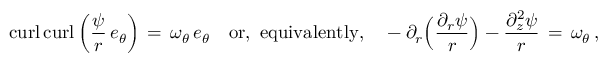
\mathop { \mathrm { c u r l } } \mathop { \mathrm { c u r l } } \left( \frac { \psi } { r } \, e _ { \theta } \right) \, = \, \omega _ { \theta } \, e _ { \theta } \quad \mathrm { o r , ~ e q u i v a l e n t l y , } \quad - \partial _ { r } \Bigl ( \frac { \partial _ { r } \psi } { r } \Bigr ) - \frac { \partial _ { z } ^ { 2 } \psi } { r } \, = \, \omega _ { \theta } \, ,